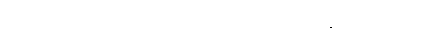
ကောင်းသည့်အလုပ်ကိုလက်ခံလိုက်ခြင်း ဖြစ်ကြောင်း ပြောထားသည်။